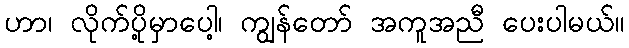
ဟာ၊ လိုက်ပို့မှာပေါ့၊ ကျွန်တော် အကူအညီ ပေးပါမယ်။